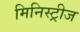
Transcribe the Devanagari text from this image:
मिनिस्ट्रीज